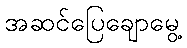
အဆင်ပြေချောမွေ့